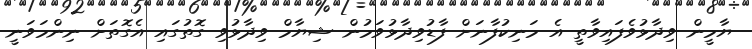
ޔާމީން ވިދާޅުވެފައިވާތީ އެ މަނިކުފާނަށް ފާޑުވިދާޅުވަމުން ޝިޔާމް ވިދާޅުވި ގޮތުގައި އެގޮތަށް ނިންމަވަނީ